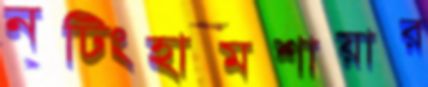
নটিংহামশায়ার